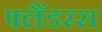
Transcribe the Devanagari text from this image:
फ्लैंडरस